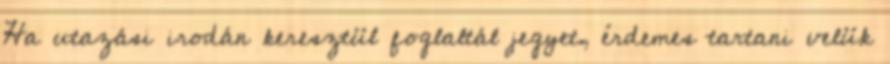
Ha utazási irodán keresztül foglaltál jegyet, érdemes tartani velük